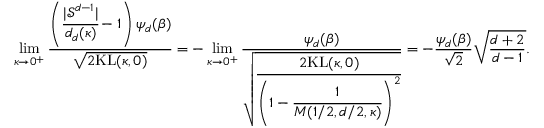
\operatorname* { l i m } _ { \kappa \rightarrow 0 ^ { + } } \frac { \left( \cfrac { | \mathcal { S } ^ { d - 1 } | } { d _ { d } ( \kappa ) } - 1 \right) \psi _ { d } ( \beta ) } { \sqrt { 2 \mathrm { K L } ( \kappa , 0 ) } } = - \operatorname* { l i m } _ { \kappa \rightarrow 0 ^ { + } } \frac { \psi _ { d } ( \beta ) } { \sqrt { \cfrac { 2 \mathrm { K L } ( \kappa , 0 ) } { \left( 1 - \cfrac { 1 } { M ( 1 / 2 , d / 2 , \kappa ) } \right) ^ { 2 } } } } = - \frac { \psi _ { d } ( \beta ) } { \sqrt { 2 } } \sqrt { \frac { d + 2 } { d - 1 } } .